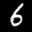
Label: 6